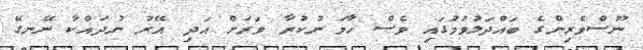
ނޫސްވެރިންގެ ބައްދަލުވުމުގައި ވެސް ހާމަ ނުކުރާ ވަރަށް އަދި އޭރު ނުދައްކާ ނޭނގޭ